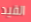
القيد